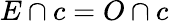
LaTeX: E\cap c=O\cap c